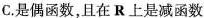
C.是偶函数，且在R上是减函数